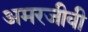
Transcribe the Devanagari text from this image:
अमरजीवी